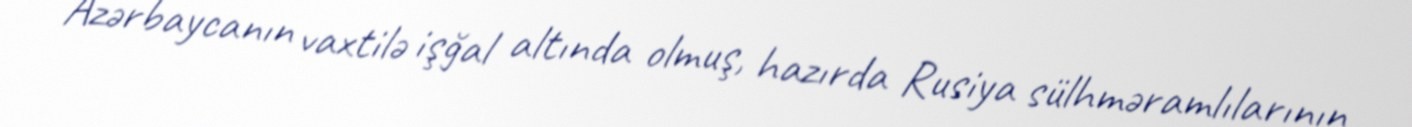
Azərbaycanın vaxtilə işğal altında olmuş, hazırda Rusiya sülhməramlılarının